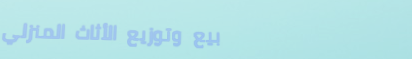
بيع وتوزيع الأثاث المنزلي